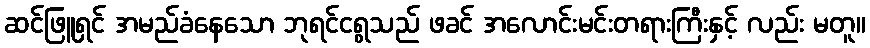
ဆင်ဖြူရှင် အမည်ခံနေသော ဘုရင်ငရွသည် ဖခင် အလောင်းမင်းတရားကြီးနှင့် လည်း မတူ။